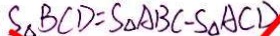
S _ { \Delta } B C D = S _ { \Delta } A B C - S _ { \Delta } A C D